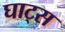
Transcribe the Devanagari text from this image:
घाट्स